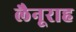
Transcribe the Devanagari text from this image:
लैनूराह